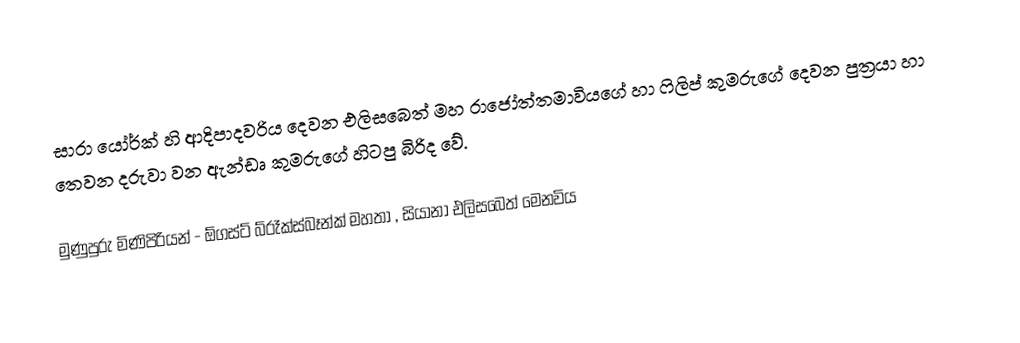
සාරා යෝර්ක් හි ආදිපාදවරිය දෙවන එලිසබෙත් මහ රාජෝත්තමාවියගේ හා ෆිලිප් කුමරුගේ දෙවන පුත්‍රයා හා තෙවන දරුවා වන ඇන්ඩෘ කුමරුගේ හිටපු බිරිද වේ.

මුණුපුරු මිණිපිරියන් - ඕගස්ට් බ්රෑක්ස්බෑන්ක් මහතා , සියානා එලිසබෙත් මෙනවිය